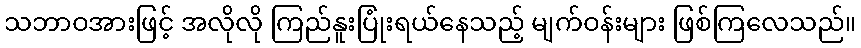
သဘာဝအားဖြင့် အလိုလို ကြည်နူးပြုံးရယ်နေသည့် မျက်ဝန်းများ ဖြစ်ကြလေသည်။